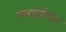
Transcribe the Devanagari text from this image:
ब्लडसेंटर